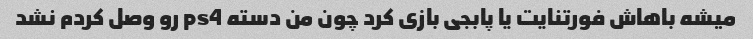
میشه باهاش فورتنایت یا پابجی بازی کرد چون من دسته ps4 رو وصل کردم نشد